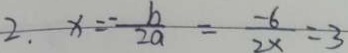
2 . x = - \frac { b } { 2 a } = \frac { - 6 } { 2 x } = 3